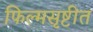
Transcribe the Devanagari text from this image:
फिल्मसृष्टीत